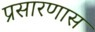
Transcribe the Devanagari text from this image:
प्रसारणास